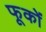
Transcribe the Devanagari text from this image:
फूकों